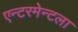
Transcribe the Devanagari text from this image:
एन्टरमेन्टला